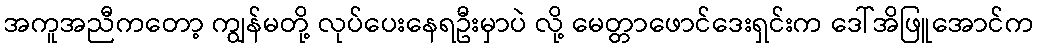
အကူအညီကတော့ ကျွန်မတို့ လုပ်ပေးနေရဦးမှာပဲ လို့ မေတ္တာဖောင်ဒေးရှင်းက ဒေါ်အိဖြူအောင်က